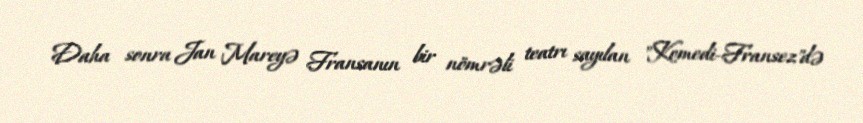
Daha sonra Jan Mareyə Fransanın bir nömrəli teatrı sayılan "Komedi-Fransez"də